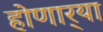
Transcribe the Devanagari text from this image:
होणार्‍या